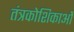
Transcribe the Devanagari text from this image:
तंत्रकोशिकाओं